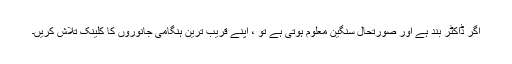
اگر ڈاکٹر بند ہے اور صورتحال سنگین معلوم ہوتی ہے تو ، اپنے قریب ترین ہنگامی جانوروں کا کلینک تلاش کریں۔